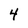
Character: 4